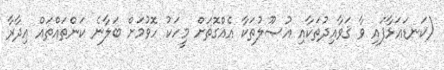
(ކަނޑައަޅާފައި ވާ ޤަވާއިދުތަކާއި އުޞޫލުތަކާ އެއްގޮތަށް މީހަކު ހޮވުމަށް ބަލާނެ ކަންތައްތައް އިދާރާ